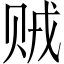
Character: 贼